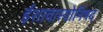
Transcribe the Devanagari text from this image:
ईशावास्योनिषद